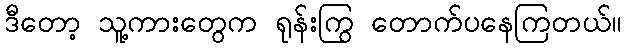
ဒီတော့ သူ့ကားတွေက ရုန်းကြွ တောက်ပနေကြတယ်။